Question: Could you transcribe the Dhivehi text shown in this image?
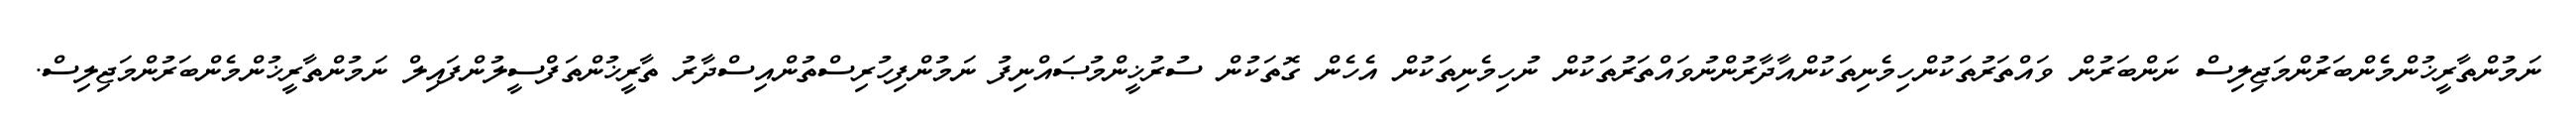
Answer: ނަމުންތާރީޚުންމެންބަރުންމަޖިލިސް ނަންބަރުން ވައްތަރުތަކުންހިމެނިތަކުންއާދާރުންނުވައްތަރުތަކުން ނުހިމެނިތަކުން އެހެން ގޮތަކުން ސުރުޚީންމުޞައްނިފު ނަމުންފިހުރިސްތުންއިސްދާރު ތާރީޚުންތަފްސީލުންފައިލް ނަމުންތާރީޚުންމެންބަރުންމަޖިލިސް.